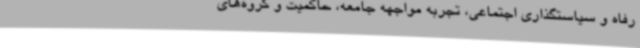
رفاه و سیاستگذاری اجتماعی، تجربه‌ مواجهه‌ جامعه، حاکمیت و گروه‌های